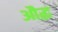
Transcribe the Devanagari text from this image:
औद्ध